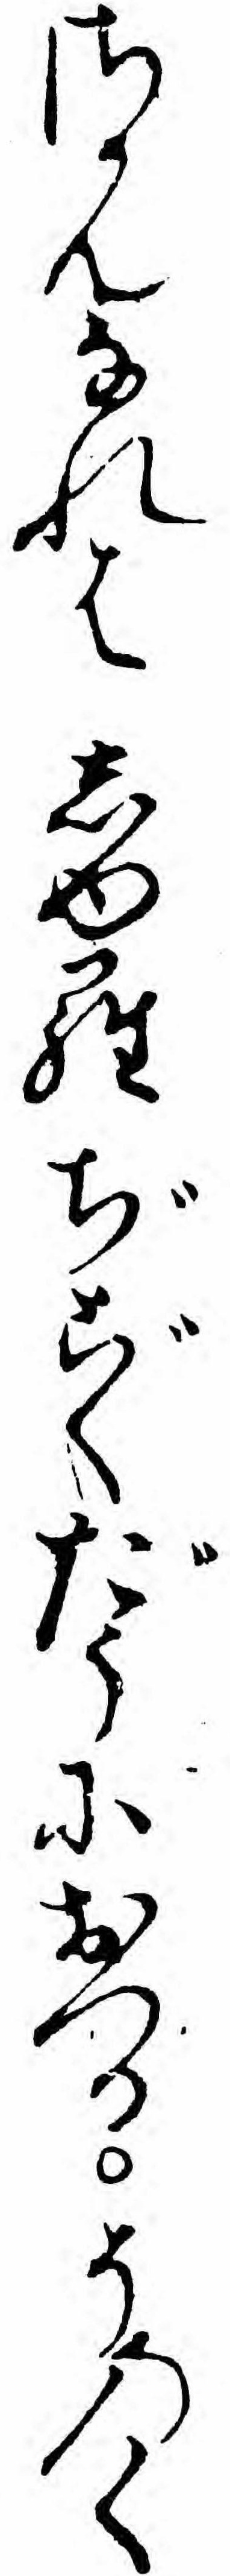
さかんなれはしゆらぢごくだうにおつるそのく